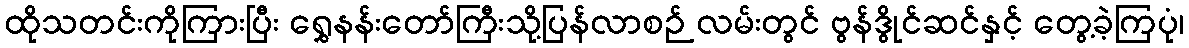
ထိုသတင်းကိုကြားပြီး ရွှေနန်းတော်ကြီးသို့ပြန်လာစဉ် လမ်းတွင် ဗွန်ဒွိုင်ဆင်နှင့် တွေ့ခဲ့ကြပုံ၊